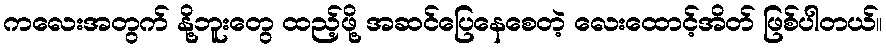
ကလေးအတွက် နို့ဘူးတွေ ထည့်ဖို့ အဆင်ပြေနေစေတဲ့ လေးထောင့်အိတ် ဖြစ်ပါတယ်။